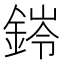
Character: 𮢊